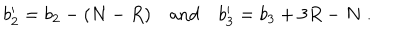
b _ { 2 } ^ { \prime } = b _ { 2 } - ( N - R ) \quad \mathrm { a n d } \quad b _ { 3 } ^ { \prime } = b _ { 3 } + 3 R - N \; .